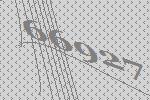
66927